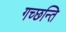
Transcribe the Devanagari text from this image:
गच्छन्ति